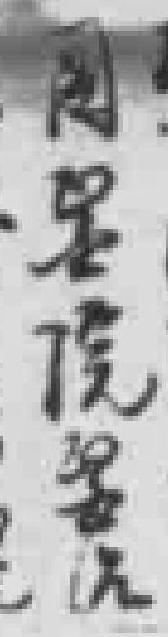
*醫院醫治